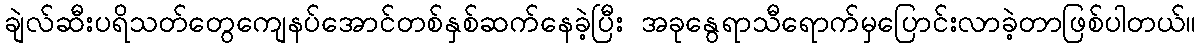
ချဲလ်ဆီးပရိသတ်တွေကျေနပ်အောင်တစ်နှစ်ဆက်နေခဲ့ပြီး အခုနွေရာသီရောက်မှပြောင်းလာခဲ့တာဖြစ်ပါတယ်။